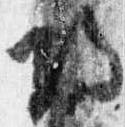
帰